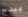
بيدج